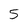
Character: 5